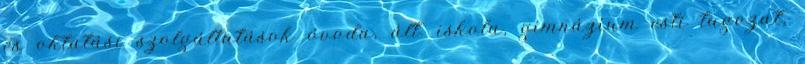
és oktatási szolgáltatások óvoda, ált. iskola, gimnázium esti tagozat,